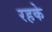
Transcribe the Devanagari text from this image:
रहके